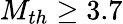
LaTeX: M_{th}\ge 3.7